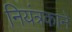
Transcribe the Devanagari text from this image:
नियंत्रकाने